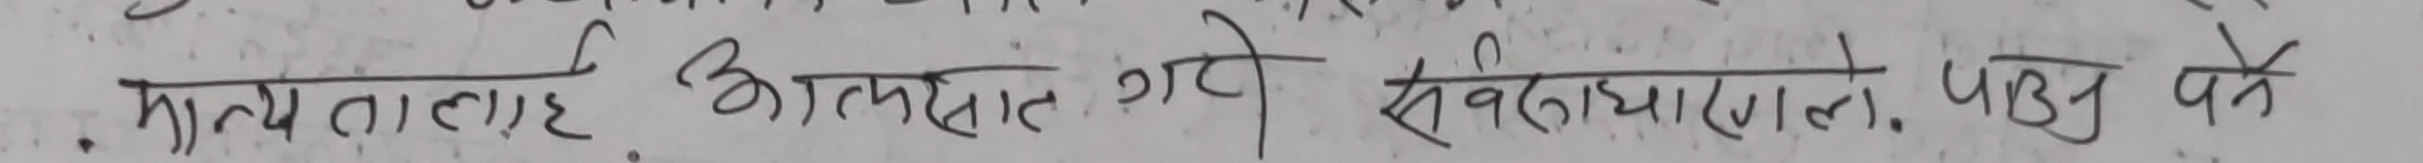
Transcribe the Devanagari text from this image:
मान्यता ह्। अत्यन्त गर्वी सवेगयाले पाउनु पर्ने